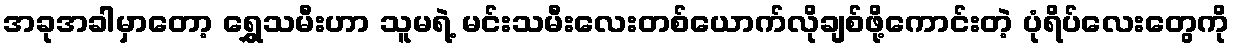
အခုအခါမှာတော့ ရွှေသမီးဟာ သူမရဲ့ မင်းသမီးလေးတစ်ယောက်လိုချစ်ဖို့ကောင်းတဲ့ ပုံရိပ်လေးတွေကို